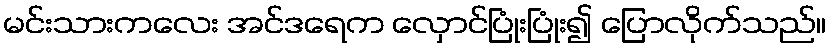
မင်းသားကလေး အင်ဒရေက လှောင်ပြုံးပြုံး၍ ပြောလိုက်သည်။